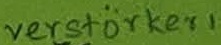
Text: verstärker 1